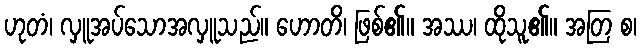
ဟုတံ၊ လှူအပ်သောအလှူသည်။ ဟောတိ၊ ဖြစ်၏။ အဿ၊ ထိုသူ၏။ အတြ စ၊